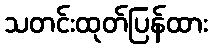
သတင်းထုတ်ပြန်ထား